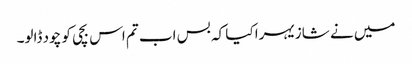
میں نے شازیہرا کیا کہ بس اب تم اس بچی کو چود ڈالو۔